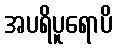
အပရိပူရောပိ